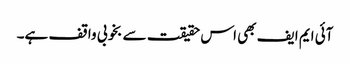
آئی ایم ایف بھی اس حقیقت سے بخوبی واقف ہے۔